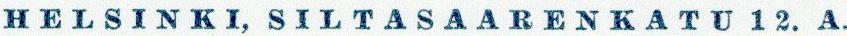
HELSINKI, SILTASAARENKATU 12.A